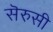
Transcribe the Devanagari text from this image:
सॆरुसी